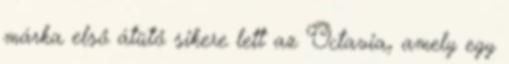
márka első átütő sikere lett az Octavia, amely egy